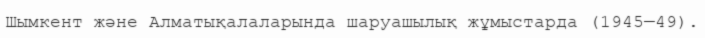
Шымкент және Алматықалаларында шаруашылық жұмыстарда (1945—49).